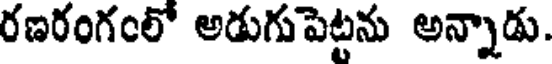
రణరంగంలో అడుగు పెట్టను అన్నాడు.